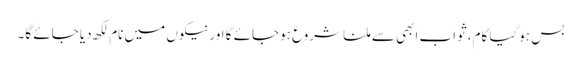
بس ہوگیا کام، ثواب ابھی سے ملنا شروع ہوجائے گا اور نیکوں میں نام لکھ دیا جائے گا۔